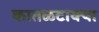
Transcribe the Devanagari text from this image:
कातळटाक्या